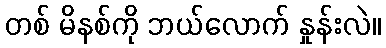
တစ် မိနစ်ကို ဘယ်လောက် နှုန်းလဲ။